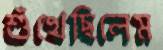
শুঁখেছিলেম